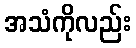
အသံကိုလည်း